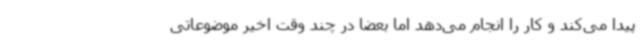
پیدا می‌کند و کار را انجام می‌دهد اما بعضا در چند وقت اخیر موضوعاتی